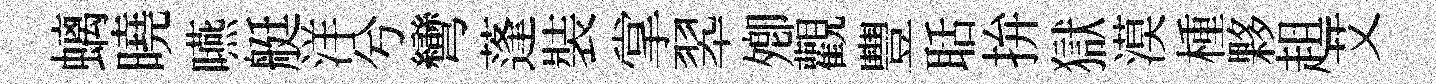
螭曉嚥艇洋兮彎蓬裝掌翆𡖖觀豐聒拚獄漠㮔夥趄艾